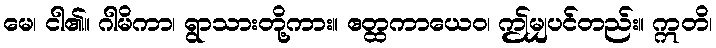
မေ၊ ငါ၏။ ဂါမိကာ၊ ရွာသားတို့ကား။ ဧတ္ထကာယေဝ၊ ဤမျှပင်တည်း။ ဣတိ၊